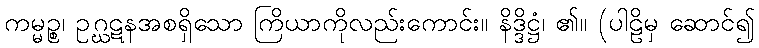
ကမ္မဉ္စ၊ ဥဂ္ဃဋနအစရှိသော ကြိယာကိုလည်းကောင်း။ နိဒ္ဒိဋ္ဌံ၊ ၏။ (ပါဠိမှ ဆောင်၍